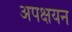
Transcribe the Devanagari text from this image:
अपक्षयन